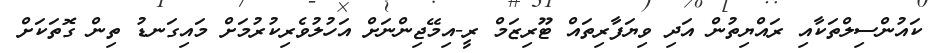
ކައުންސިލްތަކާއި ރައްޔިތުން އަދި ވިޔަފާރިތައް ޓޫރިޒަމް ރީ-އިމޭޖިންނަށް އަހުލުވެރިކުރުމަށް މައިގަނޑު ތިން ގޮތަކަށް